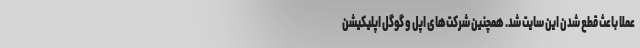
عملا باعث قطع شدن این سایت شد. همچنین شرکت‌های اپل و گوگل اپلیکیشن